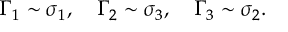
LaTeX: \Gamma _ { 1 } \sim \sigma _ { 1 } , \quad \Gamma _ { 2 } \sim \sigma _ { 3 } , \quad \Gamma _ { 3 } \sim \sigma _ { 2 } .